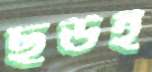
ছউই